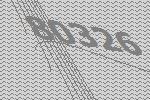
80326